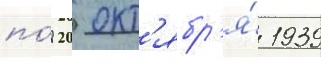
по́ 20 окт'ябр'я́ 1939